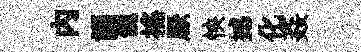
內誦餽搖厭怏撼化姦